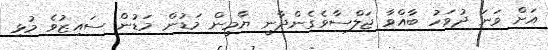
އަށް ވަނަ ދުވަހު ބާއްވާ ޖަލްސާވެގެންދާނީ ޔާމީން މަޑުން މަޑުން ސައިޒުވެ މުޅި